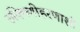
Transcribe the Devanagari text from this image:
रुक्मिणीहरणाशी